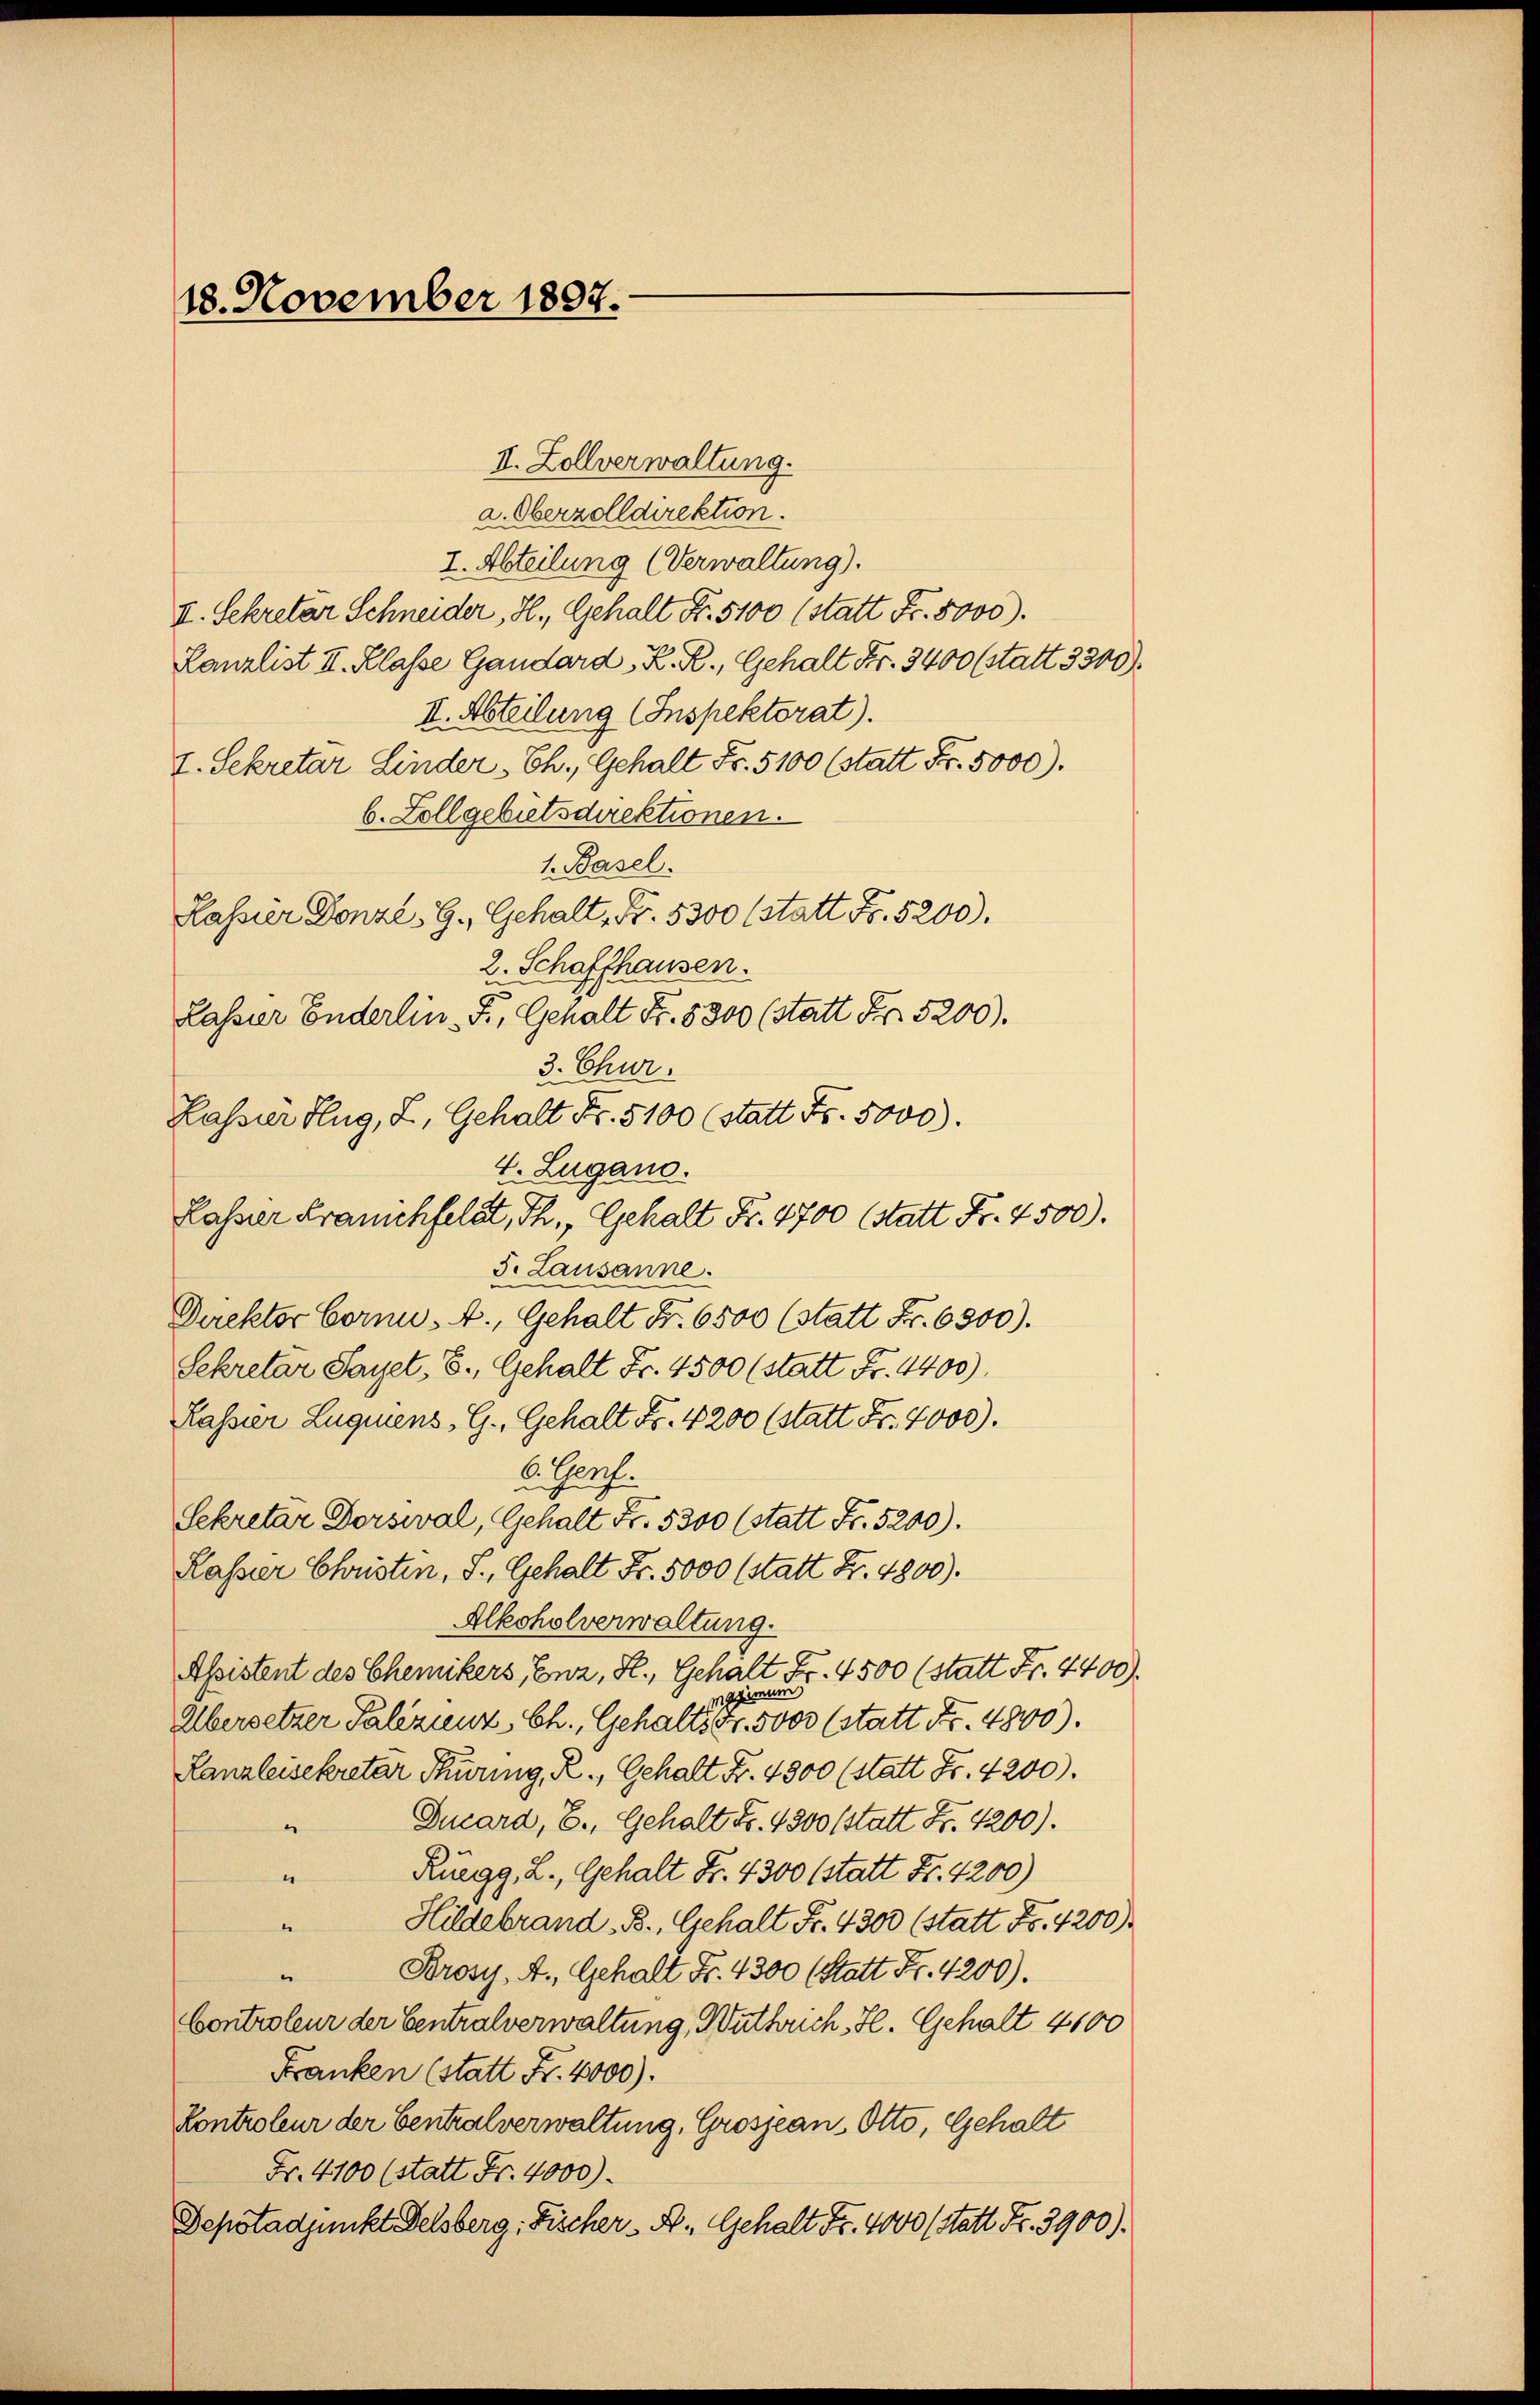
18. November 1897.

II. Zollverwaltung.
a. Oberzolldirektion.
I. Abteilung (Verwaltung).
I. Sekretär Schneider, H., Gehalt Fr. 5100 (statt Fr. 8000).
Lanzlist II. Klasse Gandard K. R., Gehalt Fr. 3400 (statt 3300).
II. Abteilung (Inspektorat).
I. Sekretar Linder Ch., Gehalt Fr. 5100 (statt Fr. 5000).
b. Zollgebietsdirektionen.
1. Basel.
Kassier Donzl, G. Gehalt, Fr. 5300 (statt Fr. 5200).
2. Schaffhausen.
Lassier Enderlin. F., Gehalt Fr. 8300 (statt Fr. 5200).
5. Lausanne.
Direktor Corno. A., Gehalt Fr. 6500 (statt Fr. 6500).
Sekretar Saget, B., Gehalt Fr. 4500 (statt Fr. 4400).
Kassier Luquiens, G., Gehalt Fr. 4200 (statt Fr. 4000).
. Prof.
Sekretär Dorseval, Gehalt Fr. 5300 (statt Fr. 5200).
Kasser Christen, S., Gehalt Fr. 5000 (statt Fr. 4800).
Alkoholverwaltung.
Assistent des Chemikers, Enz, H., Gehalt Fr. 4500 (statt Fr. 4400).
agint
Übersetzer Palizienz Ch., Gehalts Fr. 5000 (statt No. 4800).
Lanzleisekretär Thüring, R., Gehalt Fr. 4300 (statt Fr. 4200).
Ducard, E., Gehalt Fr. 4300 (statt Fr. 4200).
e
Ruegg, L., Gehalt Fr. 4300 (statt Fr. 4200)
“
Hildebrand. B., Gehalt Fr. 4300 (statt Fr. 4200)
e
Brosy. A., Gehalt Fr. 4300 (Statt Fr. 4200).
.
Controleur der Centralverwaltung, Wuthrich, Hl. Gehalt 4100
Franken (statt Fr. 4000).
Controleur der Centralverwaltung, Grosseau, Otto, Gehalt
Fr. 4100 (statt Fr. 4000).
Sepotadjunkt Felsberg, Fischer A. Gehalt Fr. 4000 (statt Fr. 3900).

Kassier Flug, L. Gehalt Fr. 5100 (statt Fr. 5000.
4. Zugano.
Kassier Franchfeldt, Th., Gehalt Fr. 4700 (statt Fr. 4500).

3. Chur.